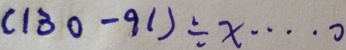
( 1 3 0 - 9 1 ) \div x \cdots 0